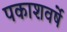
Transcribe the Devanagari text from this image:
पकाशवर्षे